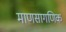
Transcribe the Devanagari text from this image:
माणसागणिक